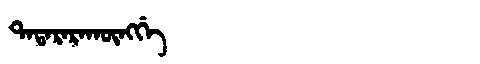
Manchu: ᡨᠠᡨᠠᡵᠠᡵᠠᡴᡡᠩᡤᡝ
Romanization: TATARARAKŪNGGE